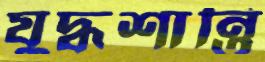
যুদ্ধশান্তি